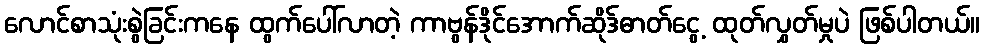
လောင်စာသုံးစွဲခြင်းကနေ ထွက်ပေါ်လာတဲ့ ကာဗွန်ဒိုင်အောက်ဆိုဒ်ဓာတ်ငွေ့ ထုတ်လွှတ်မှုပဲ ဖြစ်ပါတယ်။